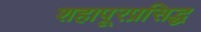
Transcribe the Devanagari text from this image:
शहापूरप्रसिद्ध